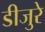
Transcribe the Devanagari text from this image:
डीजुरे